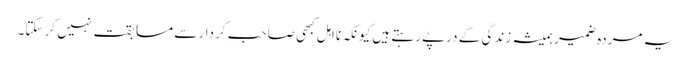
یہ مردہ ضمیر ہمیشہ زندگی کے درپے رہتے ہیں کیونکہ نااہل کبھی صاحبِ کردار سے مسابقت نہیں کر سکتا۔